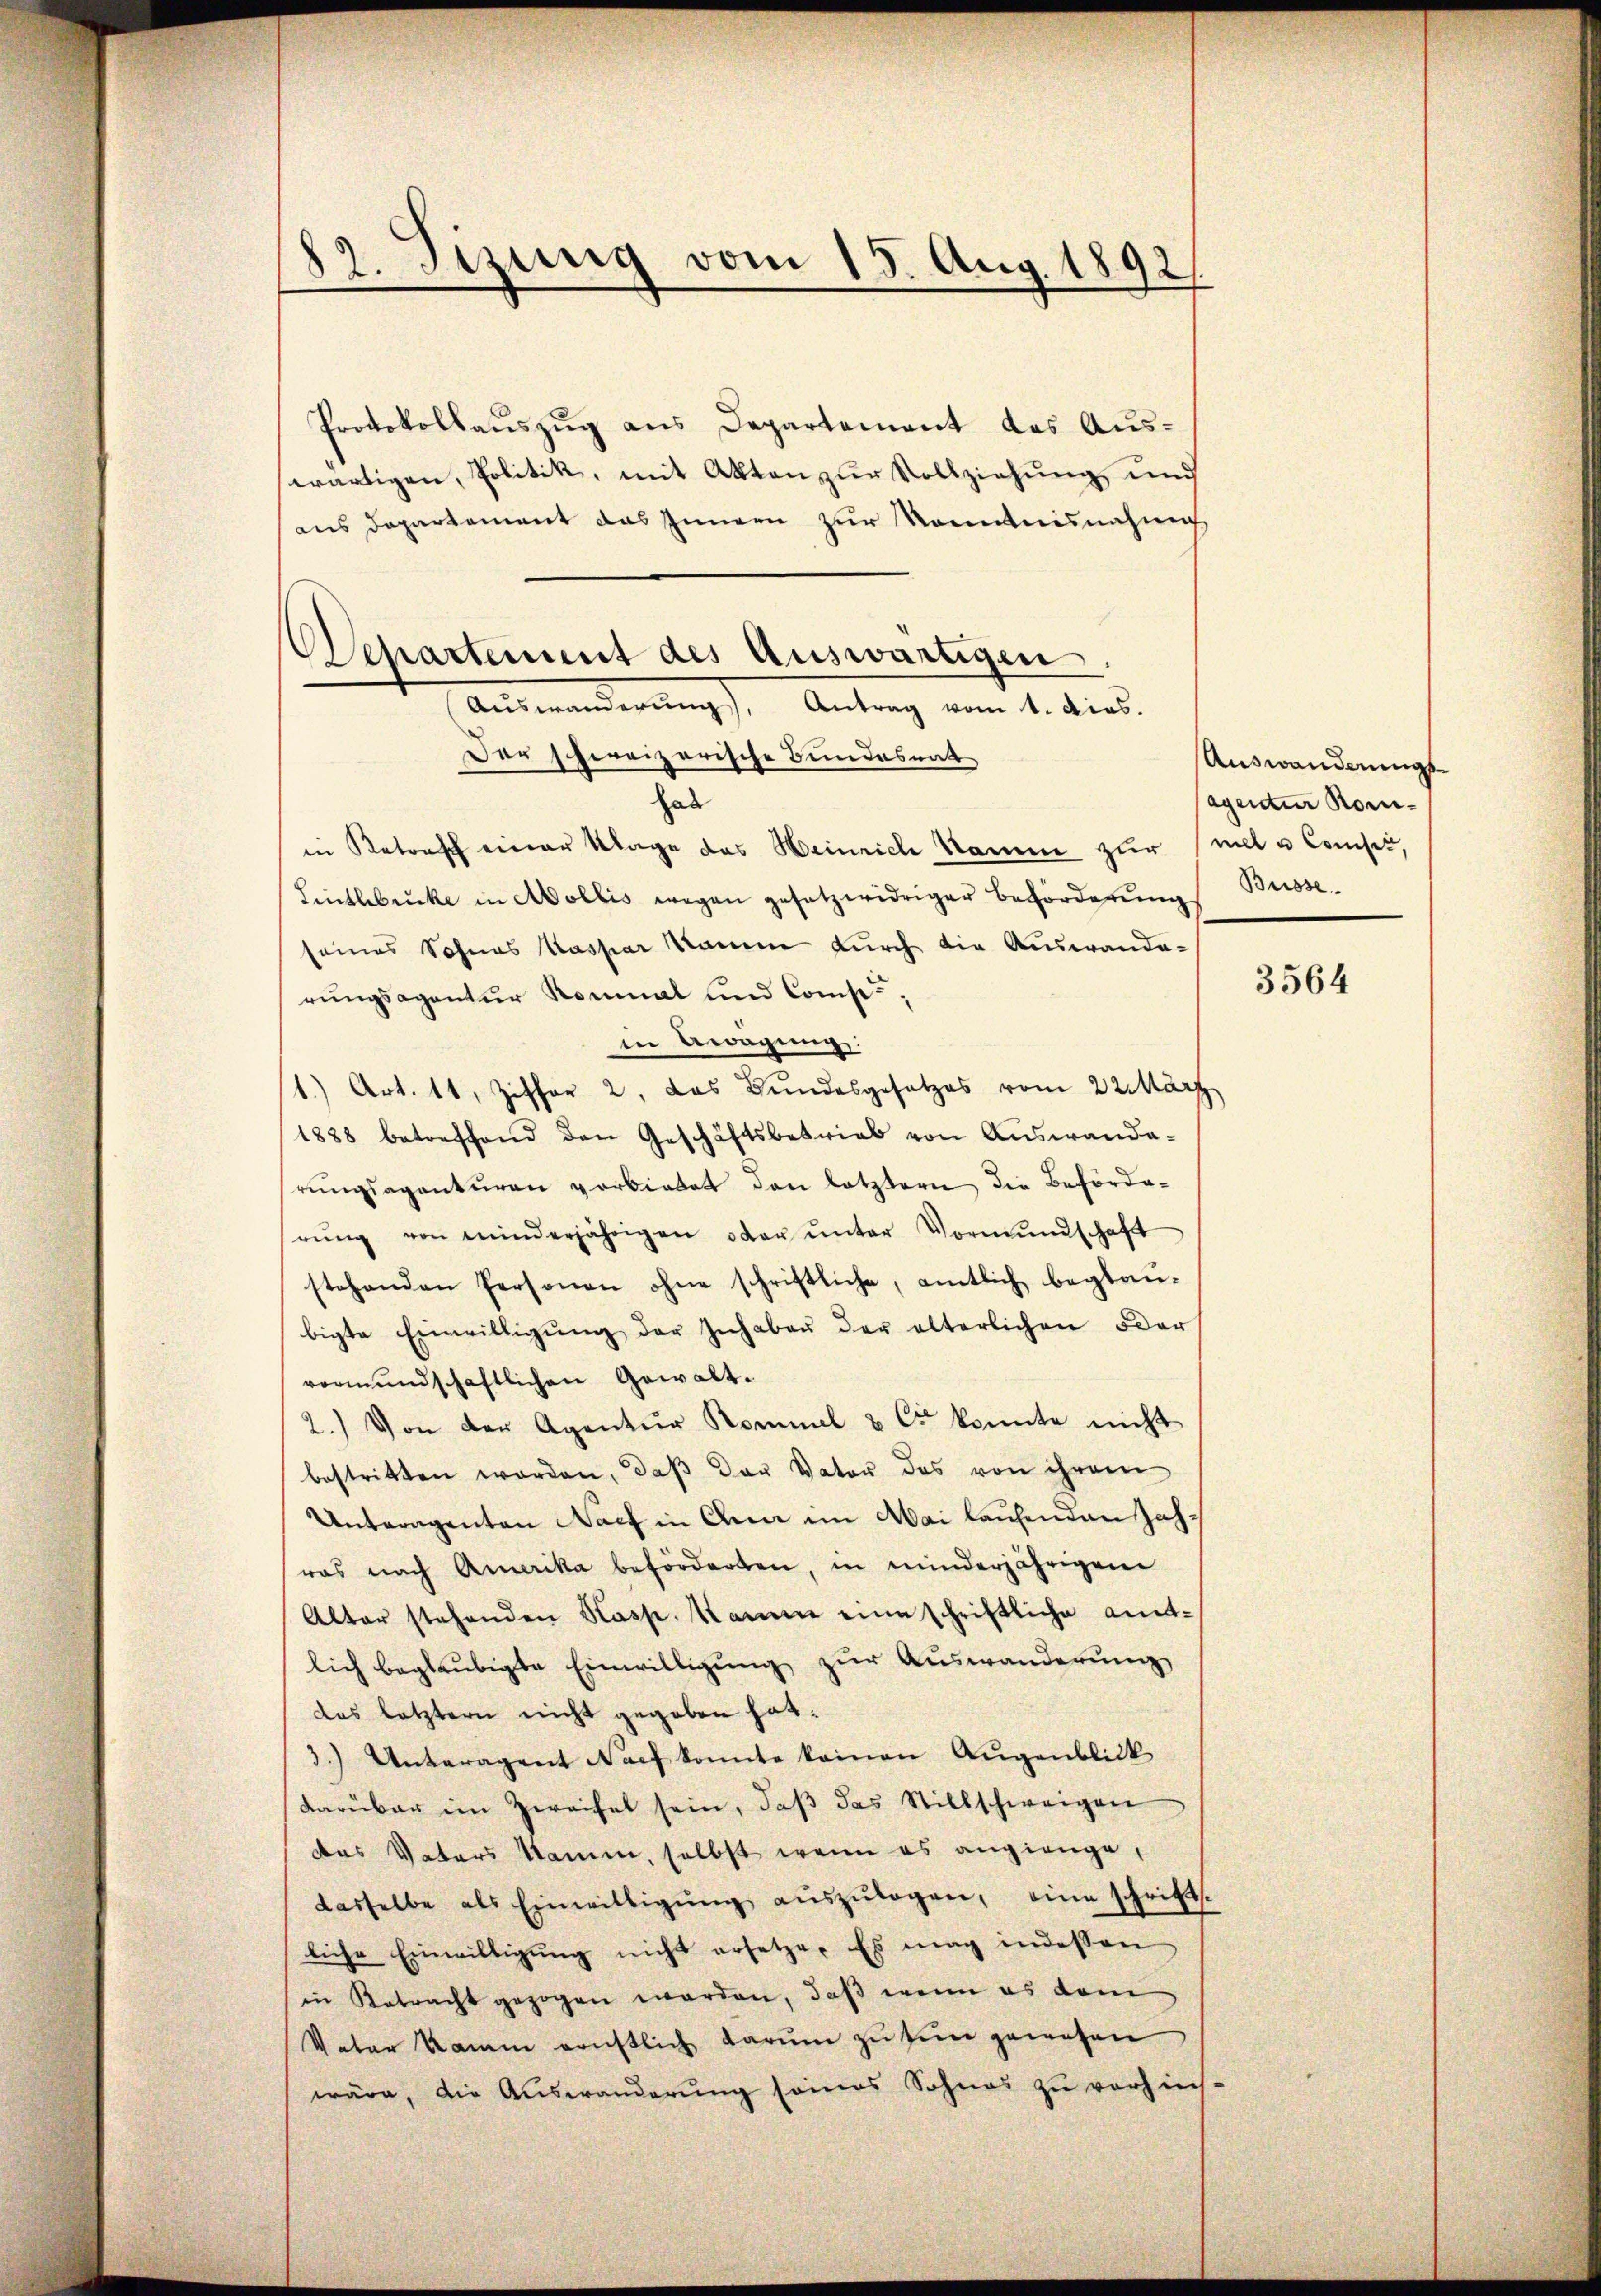
82. Tizung vom 15. Aug. 1892

Protokollauszug aus Departement das Auswärtigen, Politik, mit Akten zur Vollziehung und
aus Departement das Innern zur Kenntnisnahm
Der schweizerische Bundesrat
hab
in Retrach einer Klage das Weinrich Name zur mal u Conses,
Linthbrücke in Mollis wegen gesetzwidriger Beförderŭng Busse
seines Sohnes Kaspar Namen durch die Auswanderungsagentur Rominal und Comp.,
in Anregung
1) Art. 11, Ziffer 2, das Bundesgesetzes vom 22. März
1888 betreffend den Geschäftsbetrieb von Aŭswanda-
rŭngsagantŭren vorbietet den letztern die Beförderŭng von minderjährigen oder ŭnter Vormŭndschaft
stehenden Personen ohne schriftliche, amtlich beglaubigte Einwilligŭng der Inhaben der älterlichen oder
vermundschaftlichen Gewalt¬
2.) Von der Agentur Kommel & Co konnte nicht
bestritten worden, daß der Vater des von ihrem
Unteragenten Nach in dem im Mai laufenden Jahwas nach Amerika beförderten, in minderjährigen
Altar stehenden Kasp. Kamm eine schriftliche amtlich beglaubigte Einwilligŭng zur Auswanderung
das letztern nicht gegeben hat.
3.) Unteragent Nach konnte keinen Augenblick
darüber im Zweifel sein, daβ das Stillschweigen
das Vaters Name, selbst wenn es angienge,
dasselbe als Einwilligŭng aŭszŭlagen, eine schrift.
liche Einwilligŭng nicht ersetze. Es mag indessen
in Retracht gezogen werden, daß wenn es dam
Vater Kamm ernstlich darum zu sein gewesen
wäre, die Auswanderung seines Sohnes zu verzins-

Separtement des Auswärtigen
Auswanderŭng, Antrag vom 1. dies.

Auswandnungsagantier Kom-

3564